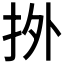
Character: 𢫑